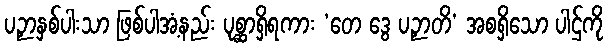
ပဉှာနှစ်ပါးသာ ဖြစ်ပါအံ့နည်း ပုစ္ဆာရှိရကား ‘တေ ဒွေ ပဉှာတိ’ အစရှိသော ပါဌ်ကို